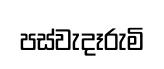
පස්වැදෑරුමි